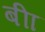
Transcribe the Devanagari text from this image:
बीा